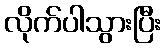
လိုက်ပါသွားပြီး